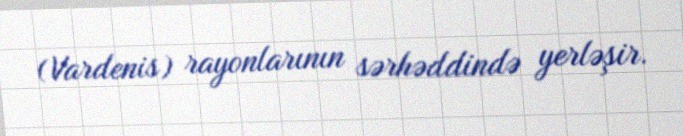
(Vardenis) rayonlarının sərhəddində yerləşir.